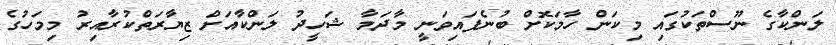
ލަންކާގެ ނޫސްތަކުގައި މިކަން ހާމަކޮށް ބުނެފައިވަނީ މާދަމާ ޝަހީދު ލަންކާއަށް ޒިޔާރަތްކުރާއިރު މިމަހުގެ